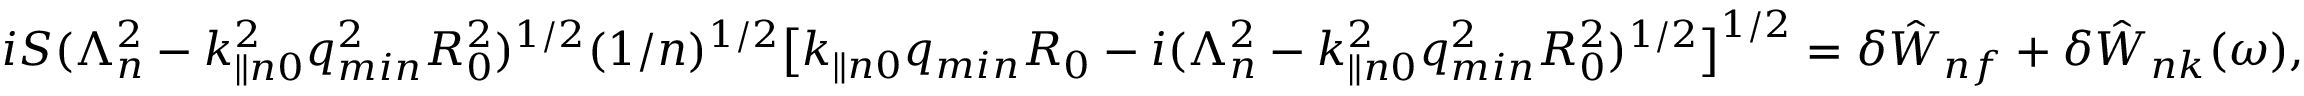
\begin{array} { r } { i S ( \Lambda _ { n } ^ { 2 } - k _ { \parallel n 0 } ^ { 2 } q _ { m i n } ^ { 2 } R _ { 0 } ^ { 2 } ) ^ { 1 / 2 } ( 1 / n ) ^ { 1 / 2 } \big [ k _ { \parallel n 0 } q _ { m i n } R _ { 0 } - i ( \Lambda _ { n } ^ { 2 } - k _ { \parallel n 0 } ^ { 2 } q _ { m i n } ^ { 2 } R _ { 0 } ^ { 2 } ) ^ { 1 / 2 } \big ] ^ { 1 / 2 } = \delta { \hat { W } } _ { n f } + \delta { \hat { W } } _ { n k } ( \omega ) , } \end{array}